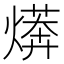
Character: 𭶄